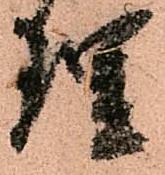
理